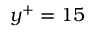
y ^ { + } = 1 5